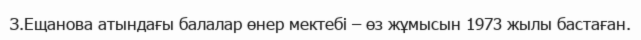
З.Ещанова атындағы балалар өнер мектебі – өз жұмысын 1973 жылы бастаған.